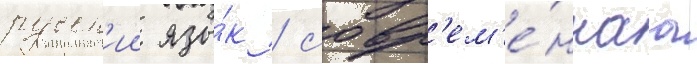
русск'ии язы́к / совр'ем'е́ннаа